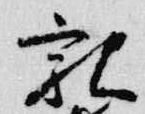
親